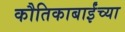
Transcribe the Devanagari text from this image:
कौतिकाबाईंच्या